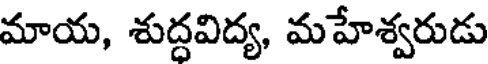
మాయ, శుద్ధవిద్య, మహేశ్వరుడు